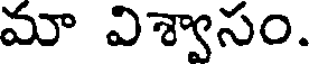
మా విశ్వాసం.